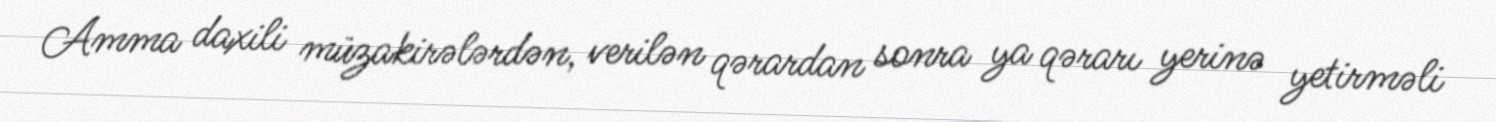
Amma daxili müzakirələrdən, verilən qərardan sonra ya qərarı yerinə yetirməli